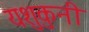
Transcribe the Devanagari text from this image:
यशुकुनी